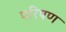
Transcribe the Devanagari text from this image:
परिषण